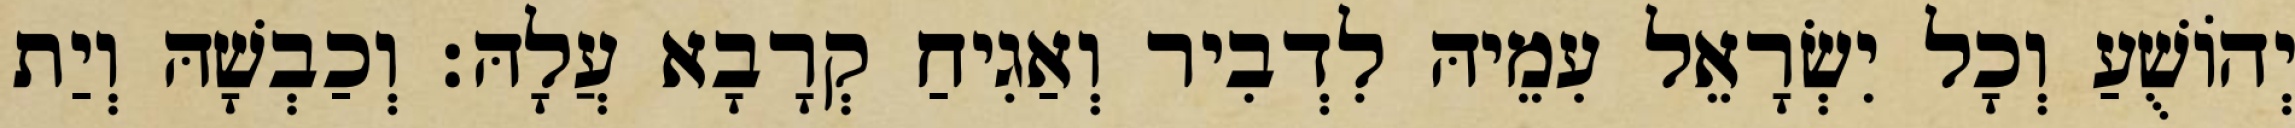
יְהוֹשֻׁעַ וְכָל יִשְׂרָאֵל עִמֵיהּ לִדְבִיר וְאַגִיחַ קְרָבָא עֲלָהּ׃ וְכַבְשָׁהּ וְיַת